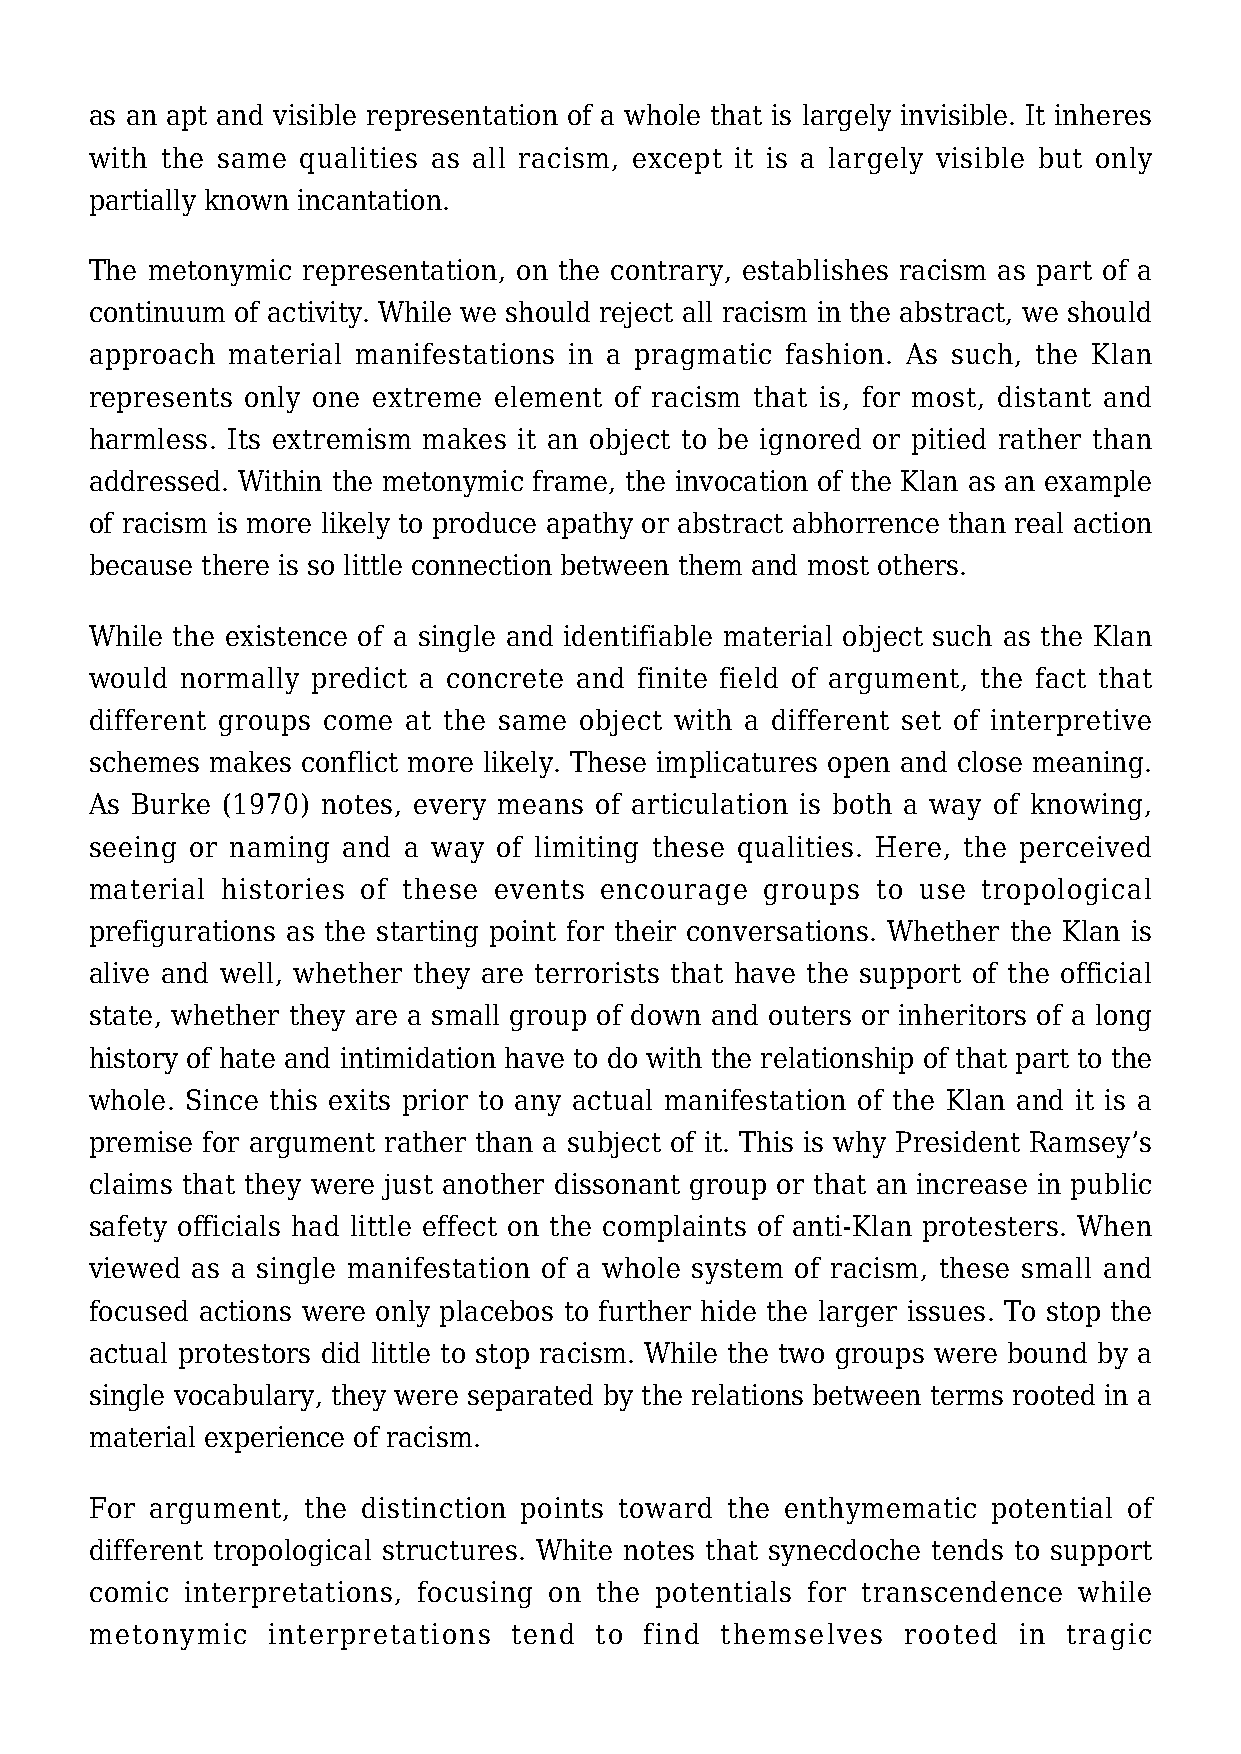
as an apt and visible representation of a whole that is largely invisible. It inheres
 with the same qualities as all racism, except it is a largely visible but only
 partially known incantation.
 The metonymic representation, on the contrary, establishes racism as part of a
 continuum of activity. While we should reject all racism in the abstract, we should
 approach material manifestations in a pragmatic fashion. As such, the Klan
 represents only one extreme element of racism that is, for most, distant and
 harmless. Its extremism makes it an object to be ignored or pitied rather than
 addressed. Within the metonymic frame, the invocation of the Klan as an example
 of racism is more likely to produce apathy or abstract abhorrence than real action
 because there is so little connection between them and most others.
 While the existence of a single and identifiable material object such as the Klan
 would normally predict a concrete and finite field of argument, the fact that
 different groups come at the same object with a different set of interpretive
 schemes makes conflict more likely. These implicatures open and close meaning.
 As Burke (1970) notes, every means of articulation is both a way of knowing,
 seeing or naming and a way of limiting these qualities. Here, the perceived
 material histories of these events encourage groups to use tropological
 prefigurations as the starting point for their conversations. Whether the Klan is
 alive and well, whether they are terrorists that have the support of the official
 state, whether they are a small group of down and outers or inheritors of a long
 history of hate and intimidation have to do with the relationship of that part to the
 whole. Since this exits prior to any actual manifestation of the Klan and it is a
 premise for argument rather than a subject of it. This is why President Ramsey’s
 claims that they were just another dissonant group or that an increase in public
 safety officials had little effect on the complaints of anti-Klan protesters. When
 viewed as a single manifestation of a whole system of racism, these small and
 focused actions were only placebos to further hide the larger issues. To stop the
 actual protestors did little to stop racism. While the two groups were bound by a
 single vocabulary, they were separated by the relations between terms rooted in a
 material experience of racism.
 For argument, the distinction points toward the enthymematic potential of
 different tropological structures. White notes that synecdoche tends to support
 comic interpretations, focusing on the potentials for transcendence while
 metonymic   interpretations tend to  find themselves  rooted in  tragic